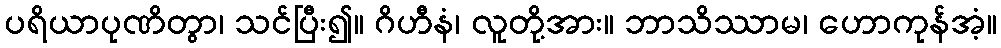
ပရိယာပုဏိတွာ၊ သင်ပြီး၍။ ဂိဟီနံ၊ လူတို့အား။ ဘာသိဿာမ၊ ဟောကုန်အံ့။